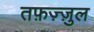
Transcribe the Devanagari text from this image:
तफ़ज़्ज़ुल